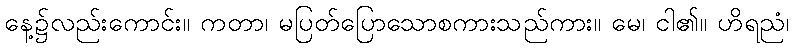
နေ့၌လည်းကောင်း။ ကတာ၊ မပြတ်ပြောသောစကားသည်ကား။ မေ၊ ငါ၏။ ဟိရညံ၊